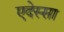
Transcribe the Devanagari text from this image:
एदेस्सा